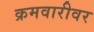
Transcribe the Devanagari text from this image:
क्रमवारीवर